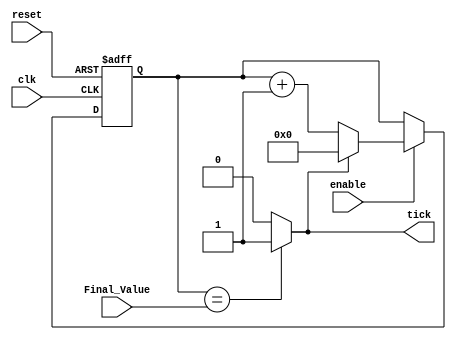
/*
    Author: Moaz Mohamed
    Description: This is the source verilog code describing a parametrized timer that ticks every specific time. 
                 the tick time depends on the Final Value which is fed into the module. 
*/

module Timer #(parameter TIMER_BITS=4)(
    input wire clk,
    input wire reset,
    input wire enable,
    input wire [TIMER_BITS-1:0] Final_Value,
    output reg tick
);
    
    /*Define a register with the specified number of bit width*/
    reg [TIMER_BITS-1:0] Q_reg,Q_next;
    
    /*Sequential always block*/
    always @(posedge clk, negedge reset) begin
        if(~reset)
        begin
            Q_reg<='b0;
        end
        else if (enable)
        begin
            Q_reg<=Q_next;
        end
        else
        begin
            Q_reg<=Q_reg;
        end
    end

    /*Combinational Output*/
    always @(*) begin
        if (Q_reg == Final_Value) begin
            tick=1'b1;
        end
        else
        begin
            tick=1'b0;
        end
    end

    /*Next state logic*/
    always @(*) begin
        if(tick == 1'b1)
        begin
            Q_next='b0;
        end
        else
        begin
            Q_next=Q_reg+1'b1;
        end
    end
    
endmodule